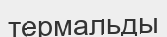
термальды